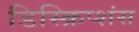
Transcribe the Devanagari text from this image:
डिस्क्रिप्शंस